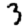
Digit: 3